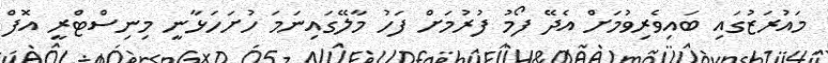
މައުރަޒުގައި ބައިވެރިވުމަށް އެދޭ ފޯމު ފުރުމަށް ފަހު މާލޭގައިނަމަ ހުށަހަޅާނީ މިނިސްޓްރީ އޮފް